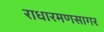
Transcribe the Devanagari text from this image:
राधारमणसागर